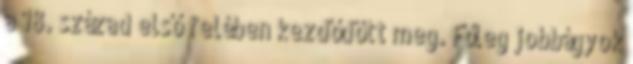
a 18. század első felében kezdődött meg. Főleg jobbágyok